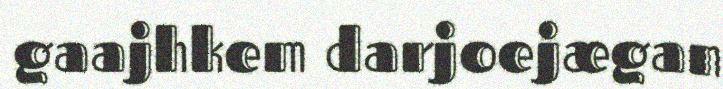
gaajhkem darjoejægan